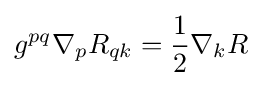
g^{pq}\nabla _{p}R_{qk}={\frac {1}{2}}\nabla _{k}R